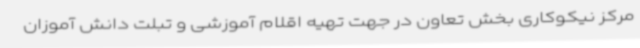
مرکز نیکوکاری بخش تعاون در جهت تهیه اقلام آموزشی و تبلت دانش آموزان